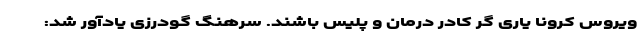
ویروس کرونا یاری گر کادر درمان و پلیس باشند. سرهنگ گودرزی یادآور شد: